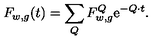
F _ { w , g } ( t ) = \sum _ { Q } F _ { w , g } ^ { Q } \mathrm { e } ^ { - Q \cdot t } .